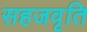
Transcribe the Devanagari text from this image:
सहजवृति